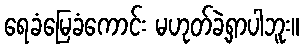
ရေခံမြေခံကောင်း မဟုတ်ခဲ့ရှာပါဘူး။